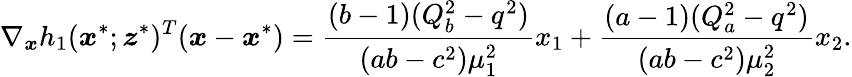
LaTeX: \nabla_{\boldsymbol{x}}h_{1}(\boldsymbol{x}^{*};\boldsymbol{z}^{*})^{T}(\boldsymbol{x}-\boldsymbol{x}^{*})=\frac{(b-1)(Q_{b}^{2}-q^{2})}{(ab-c^{2})\mu_{1}^{2}}x_{1}+\frac{(a-1)(Q_{a}^{2}-q^{2})}{(ab-c^{2})\mu_{2}^{2}}x_{2}.